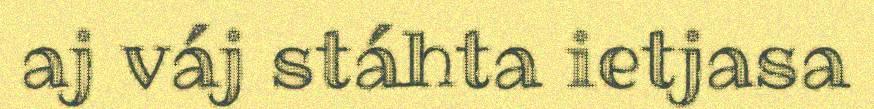
aj váj stáhta ietjasa